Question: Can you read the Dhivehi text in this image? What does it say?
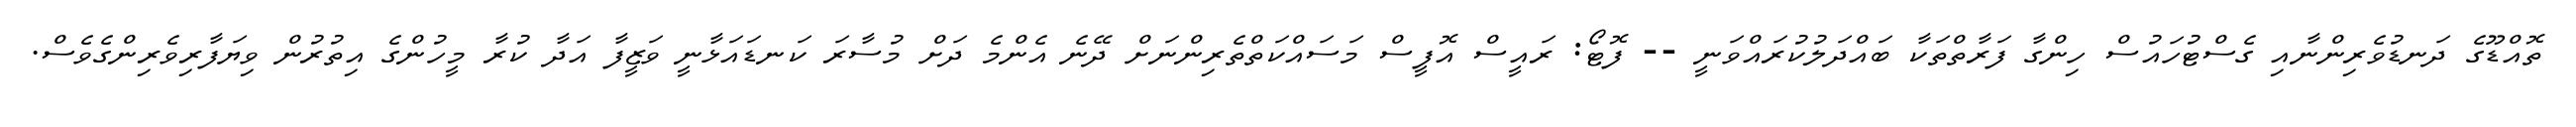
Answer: ތޮއްޑޫގެ ދަނޑުވެރިންނާއި ގެސްޓުހައުސް ހިންގާ ފަރާތްތަކާ ބައްދަލުކުރައްވަނީ -- ފޮޓޯ: ރައީސް އޮފީސް މަސައްކަތްތެރިންނަށް ދޭނެ އެންމެ ދަށް މުސާރަ ކަނޑައަޅާނީ ވަޒީފާ އަދާ ކުރާ މީހުންގެ އިތުރުން ވިޔަފާރިވެރިންގެވެސް.